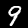
Label: 9